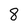
Character: 8